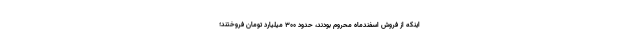
اینکه از فروش اسفندماه محروم بودند، حدود ۳۰۰ میلیارد تومان فروختند؛